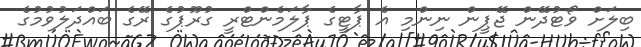
ބިލަށް ވޯޓުދޭން ޖޭޕީން ނިންމި އެ ޕާޓީގެ ޕާލަމެންޓްރީ ގުރޫޕުގެ ރޭގެ ބައްދަލުވުމުގެ